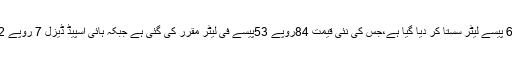
پیٹرولیم مصنوعات کی قیمتوں میں کمی کے بعد نئے نرخوں کے مطابق پیٹرول 9 روپے 66 پیسے لیٹر سستا کر دیا گیا ہے،جس کی نئی قیمت 84روپے 53پیسے فی لیٹر مقرر کی گئی ہے جبکہ ہائی اسپیڈ ڈیزل 7 روپے 12 پیسے لیٹر سستا ہوا ہے جس کی نئی قیمت 94 روپے 9 پیسے فی لیٹر مقرر کی گئِی ہے۔